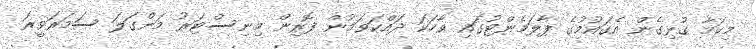
މިކަމާ ގުޅިގެން އެގައުމުގެ ޕާލަމެންޓުގައި ވާހަކަ ދައްކަވަމުން ފޮރިން މިނިސްޓަރު މަންގަލަ ސަމަރަވީރަ